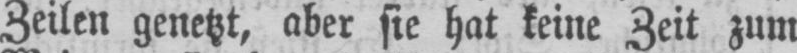
Zeilen genetzt, aber sie hat keine Zeit zum